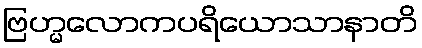
ဗြဟ္မလောကပရိယောသာနာတိ